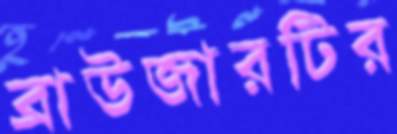
ব্রাউজারটির